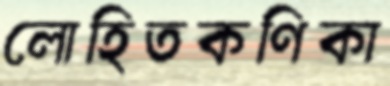
লোহিতকণিকা